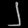
Digit: ၂